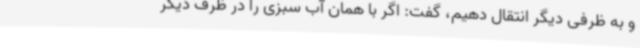
و به ظرفی دیگر انتقال دهیم، گفت: اگر با همان آب سبزی را در ظرف دیگر